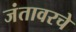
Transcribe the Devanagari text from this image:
जंतावरचे